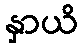
နှာယိ